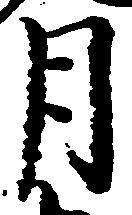
月